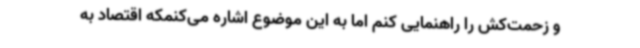
و زحمت‌کش را راهنمایی کنم اما به این موضوع اشاره می‌کنمکه اقتصاد به